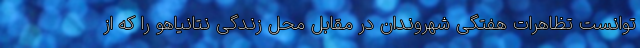
توانست تظاهرات هفتگی شهروندان در مقابل محل زندگی نتانیاهو را که از